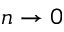
n \to 0